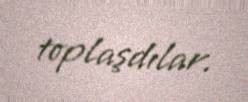
toplaşdılar.